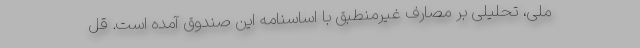
ملی، تحلیلی بر مصارف غیر‌منطبق با اساسنامه این صندوق آمده است. قل